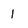
Character: 1